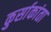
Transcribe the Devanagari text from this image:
कुर्साकांता